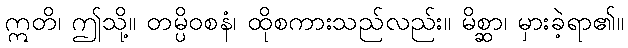
ဣတိ၊ ဤသို့။ တမ္ပိဝစနံ၊ ထိုစကားသည်လည်း။ မိစ္ဆာ၊ မှားခဲ့ရာ၏။